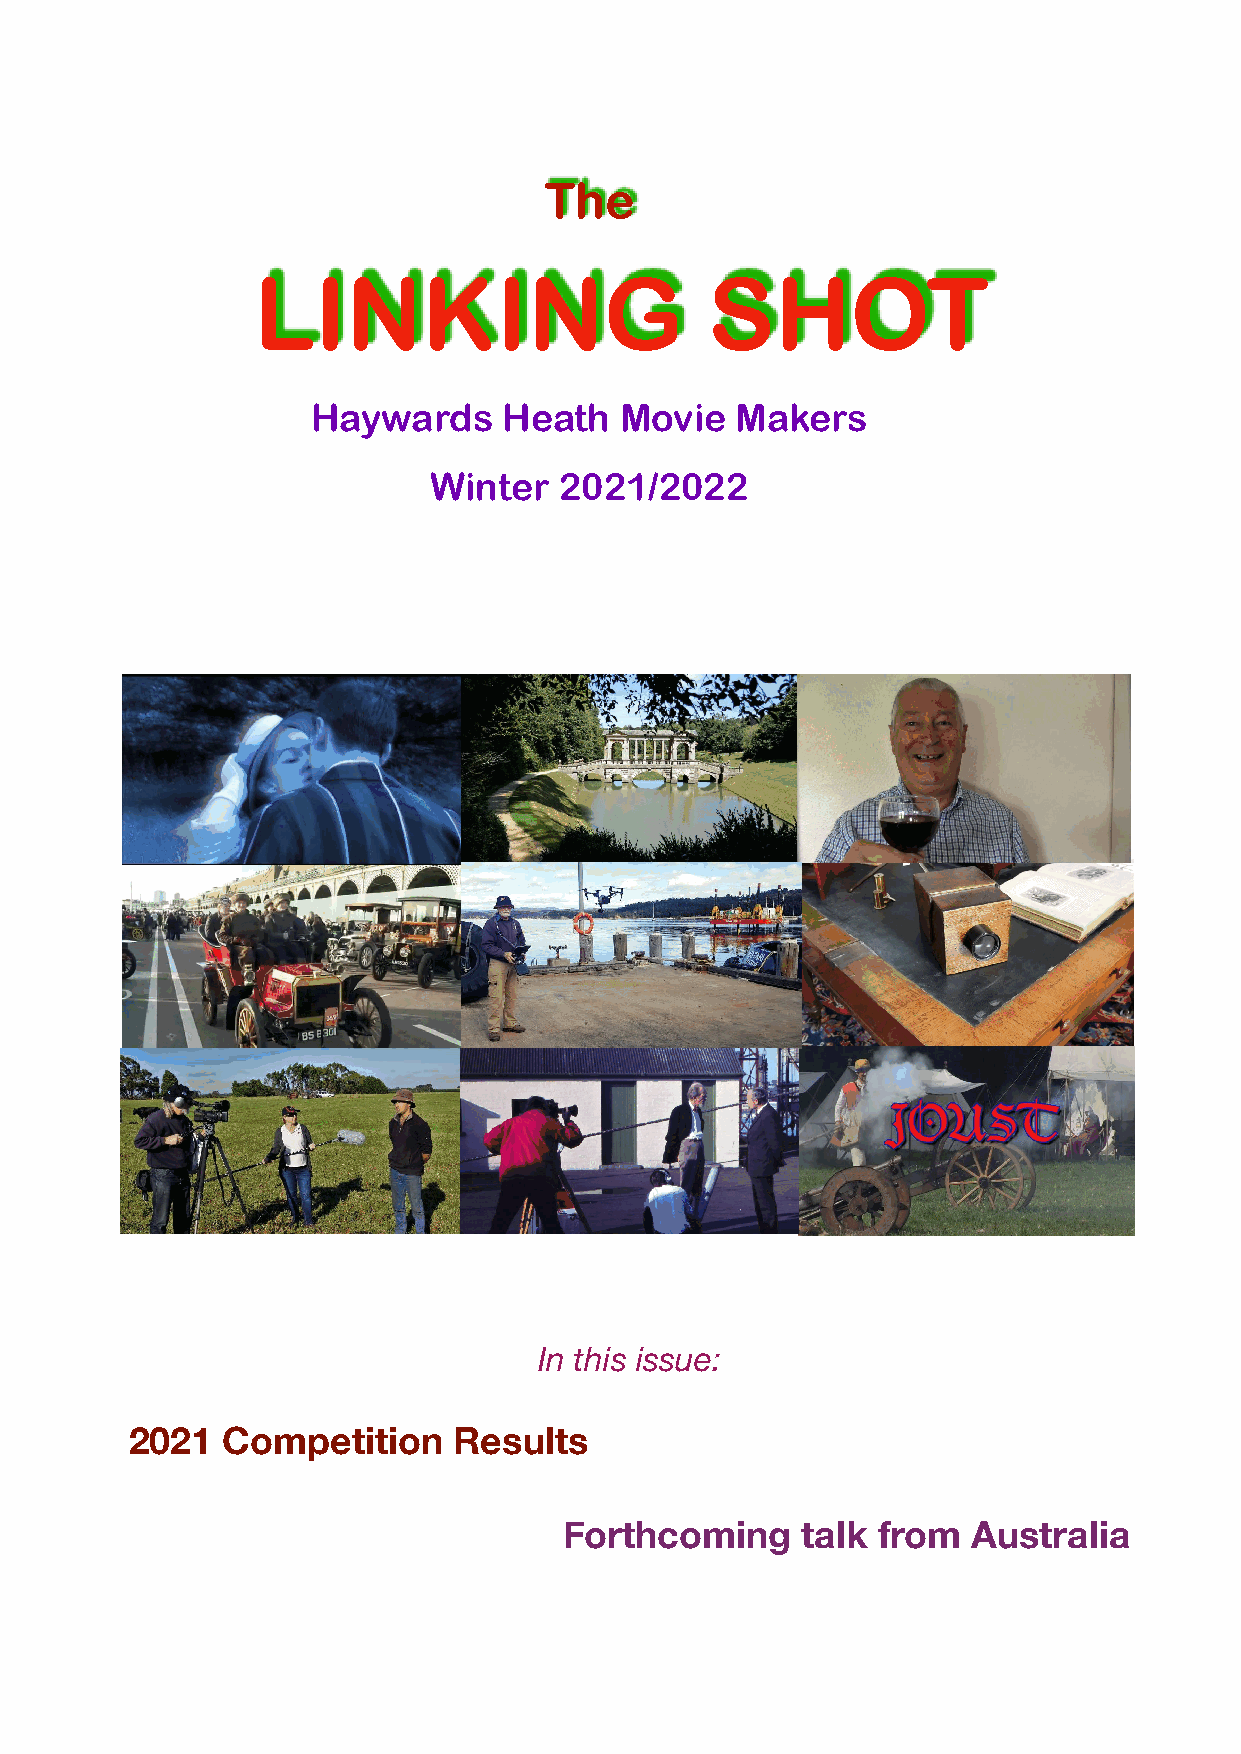
The
 LINKING                       SHOT
 Haywards    Heath   Movie   Makers
 Winter   2021/2022
 In this issue:
 2021  Competition    Results
 Forthcoming     talk from  Australia